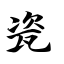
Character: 瓷